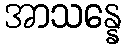
အာသန္နေ